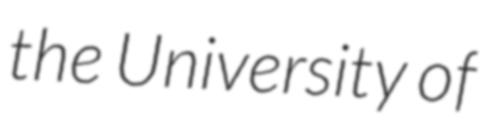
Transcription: the University of